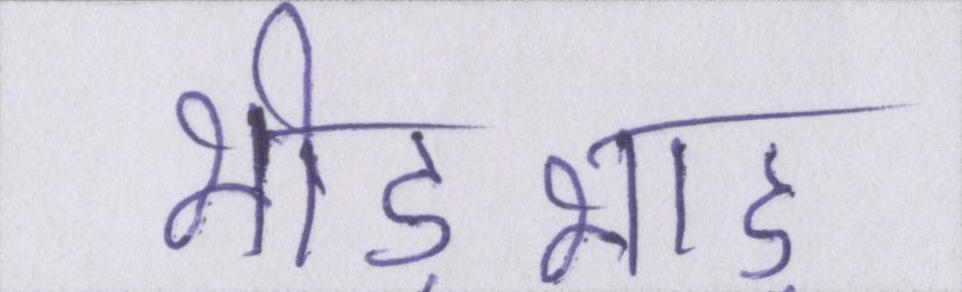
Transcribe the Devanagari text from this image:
भीड़भाड़